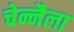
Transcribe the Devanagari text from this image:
चेन्नैला